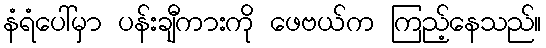
နံရံပေါ်မှာ ပန်းချီကားကို ဖေဗယ်က ကြည့်နေသည်။